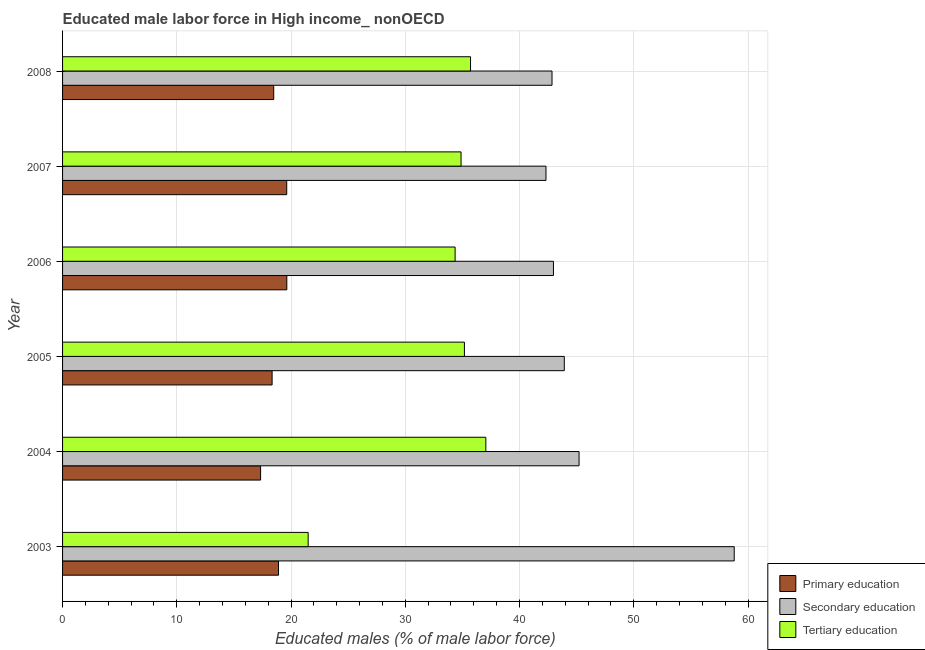
| Year | Primary education | Secondary education | Tertiary education |
 | --- | --- | --- | --- |
 | 2003 | 18.9 | 58.8 | 21.5 |
 | 2004 | 17.3 | 45.2 | 37.1 |
 | 2005 | 18.3 | 43.9 | 35.2 |
 | 2006 | 19.6 | 43 | 34.4 |
 | 2007 | 19.6 | 42.3 | 34.9 |
 | 2008 | 18.5 | 42.8 | 35.7 |